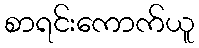
စာရင်းကောက်ယူ